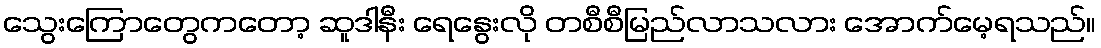
သွေးကြောတွေကတော့ ဆူဒါနီး ရေနွေးလို တစီစီမြည်လာသလား အောက်မေ့ရသည်။